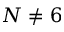
N \ne 6